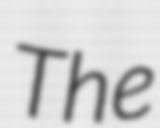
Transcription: The